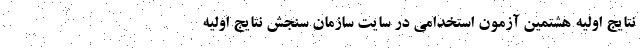
نتایج اولیه هشتمین آزمون استخدامی در سایت سازمان سنجش نتایج اولیه